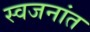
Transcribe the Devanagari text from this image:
स्वजनांत